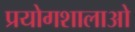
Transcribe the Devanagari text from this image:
प्रयोगशालाओ